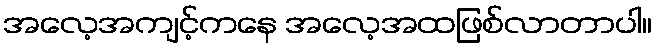
အလေ့အကျင့်ကနေ အလေ့အထဖြစ်လာတာပါ။